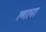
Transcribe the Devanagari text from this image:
ल्गाना